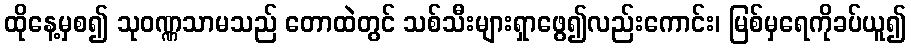
ထိုနေ့မှစ၍ သုဝဏ္ဏသာမသည် တောထဲတွင် သစ်သီးများရှာဖွေ၍လည်းကောင်း၊ မြစ်မှရေကိုခပ်ယူ၍